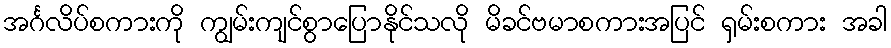
အင်္ဂလိပ်စကားကို ကျွမ်းကျင်စွာပြောနိုင်သလို မိခင်ဗမာစကားအပြင် ရှမ်းစကား အခါ